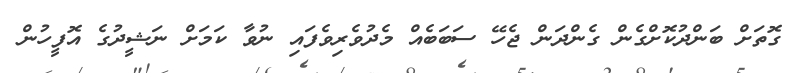
ގޮތަށް ބަންދުކޮށްގެން ގެންދަން ޖެހޭ ސަބަބެއް މެދުވެރިވެފައި ނުވާ ކަމަށް ނަޝީދުގެ އޮފީހުން